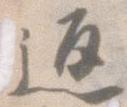
返